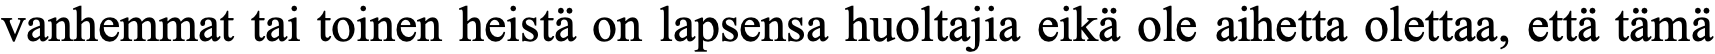
vanhemmat tai toinen heistä on lapsensa huoltajia eikä ole aihetta olettaa, että tämä